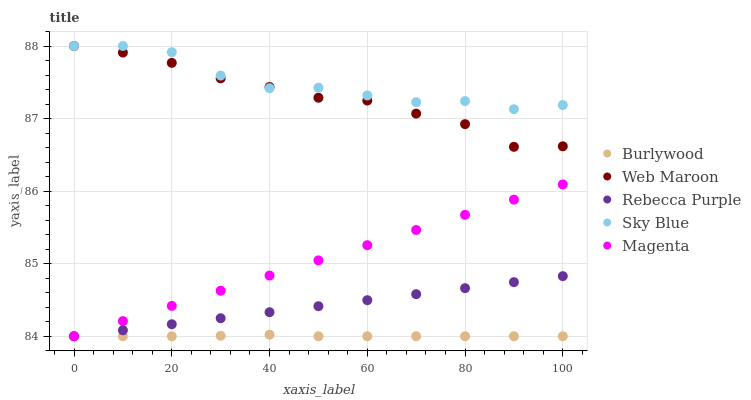
| xaxis_label | Burlywood | Web Maroon | Rebecca Purple | Sky Blue | Magenta |
 | --- | --- | --- | --- | --- | --- |
 | 0 | 84 | 88 | 84 | 88 | 84 |
 | 10 | 84 | 87.9 | 84.1 | 88 | 84.2 |
 | 20 | 84 | 87.8 | 84.2 | 87.9 | 84.4 |
 | 30 | 84 | 87.6 | 84.2 | 87.6 | 84.6 |
 | 40 | 84 | 87.4 | 84.3 | 87.4 | 84.8 |
 | 50 | 84 | 87.3 | 84.4 | 87.4 | 85 |
 | 60 | 84 | 87.2 | 84.5 | 87.3 | 85.3 |
 | 70 | 84 | 87.1 | 84.6 | 87.2 | 85.5 |
 | 80 | 84 | 86.9 | 84.7 | 87.2 | 85.7 |
 | 90 | 84 | 86.6 | 84.7 | 87.1 | 85.9 |
 | 100 | 84 | 86.6 | 84.8 | 87.2 | 86.1 |